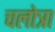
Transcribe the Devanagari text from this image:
चलोत्रा